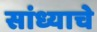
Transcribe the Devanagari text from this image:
सांध्याचे